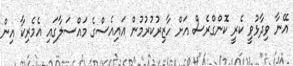
އޭނާ ވިދާޅުވީ ކެރީ ކޮންގްރެސް އަށް ހާޒިރުކުރުމުން އައިއެސްގެ މައްސަލާގައި އެމެރިކާ އިން